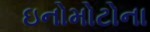
ઇનોમોટોના